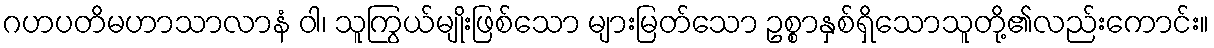
ဂဟပတိမဟာသာလာနံ ဝါ၊ သူကြွယ်မျိုးဖြစ်သော များမြတ်သော ဥစ္စာနှစ်ရှိသောသူတို့၏လည်းကောင်း။